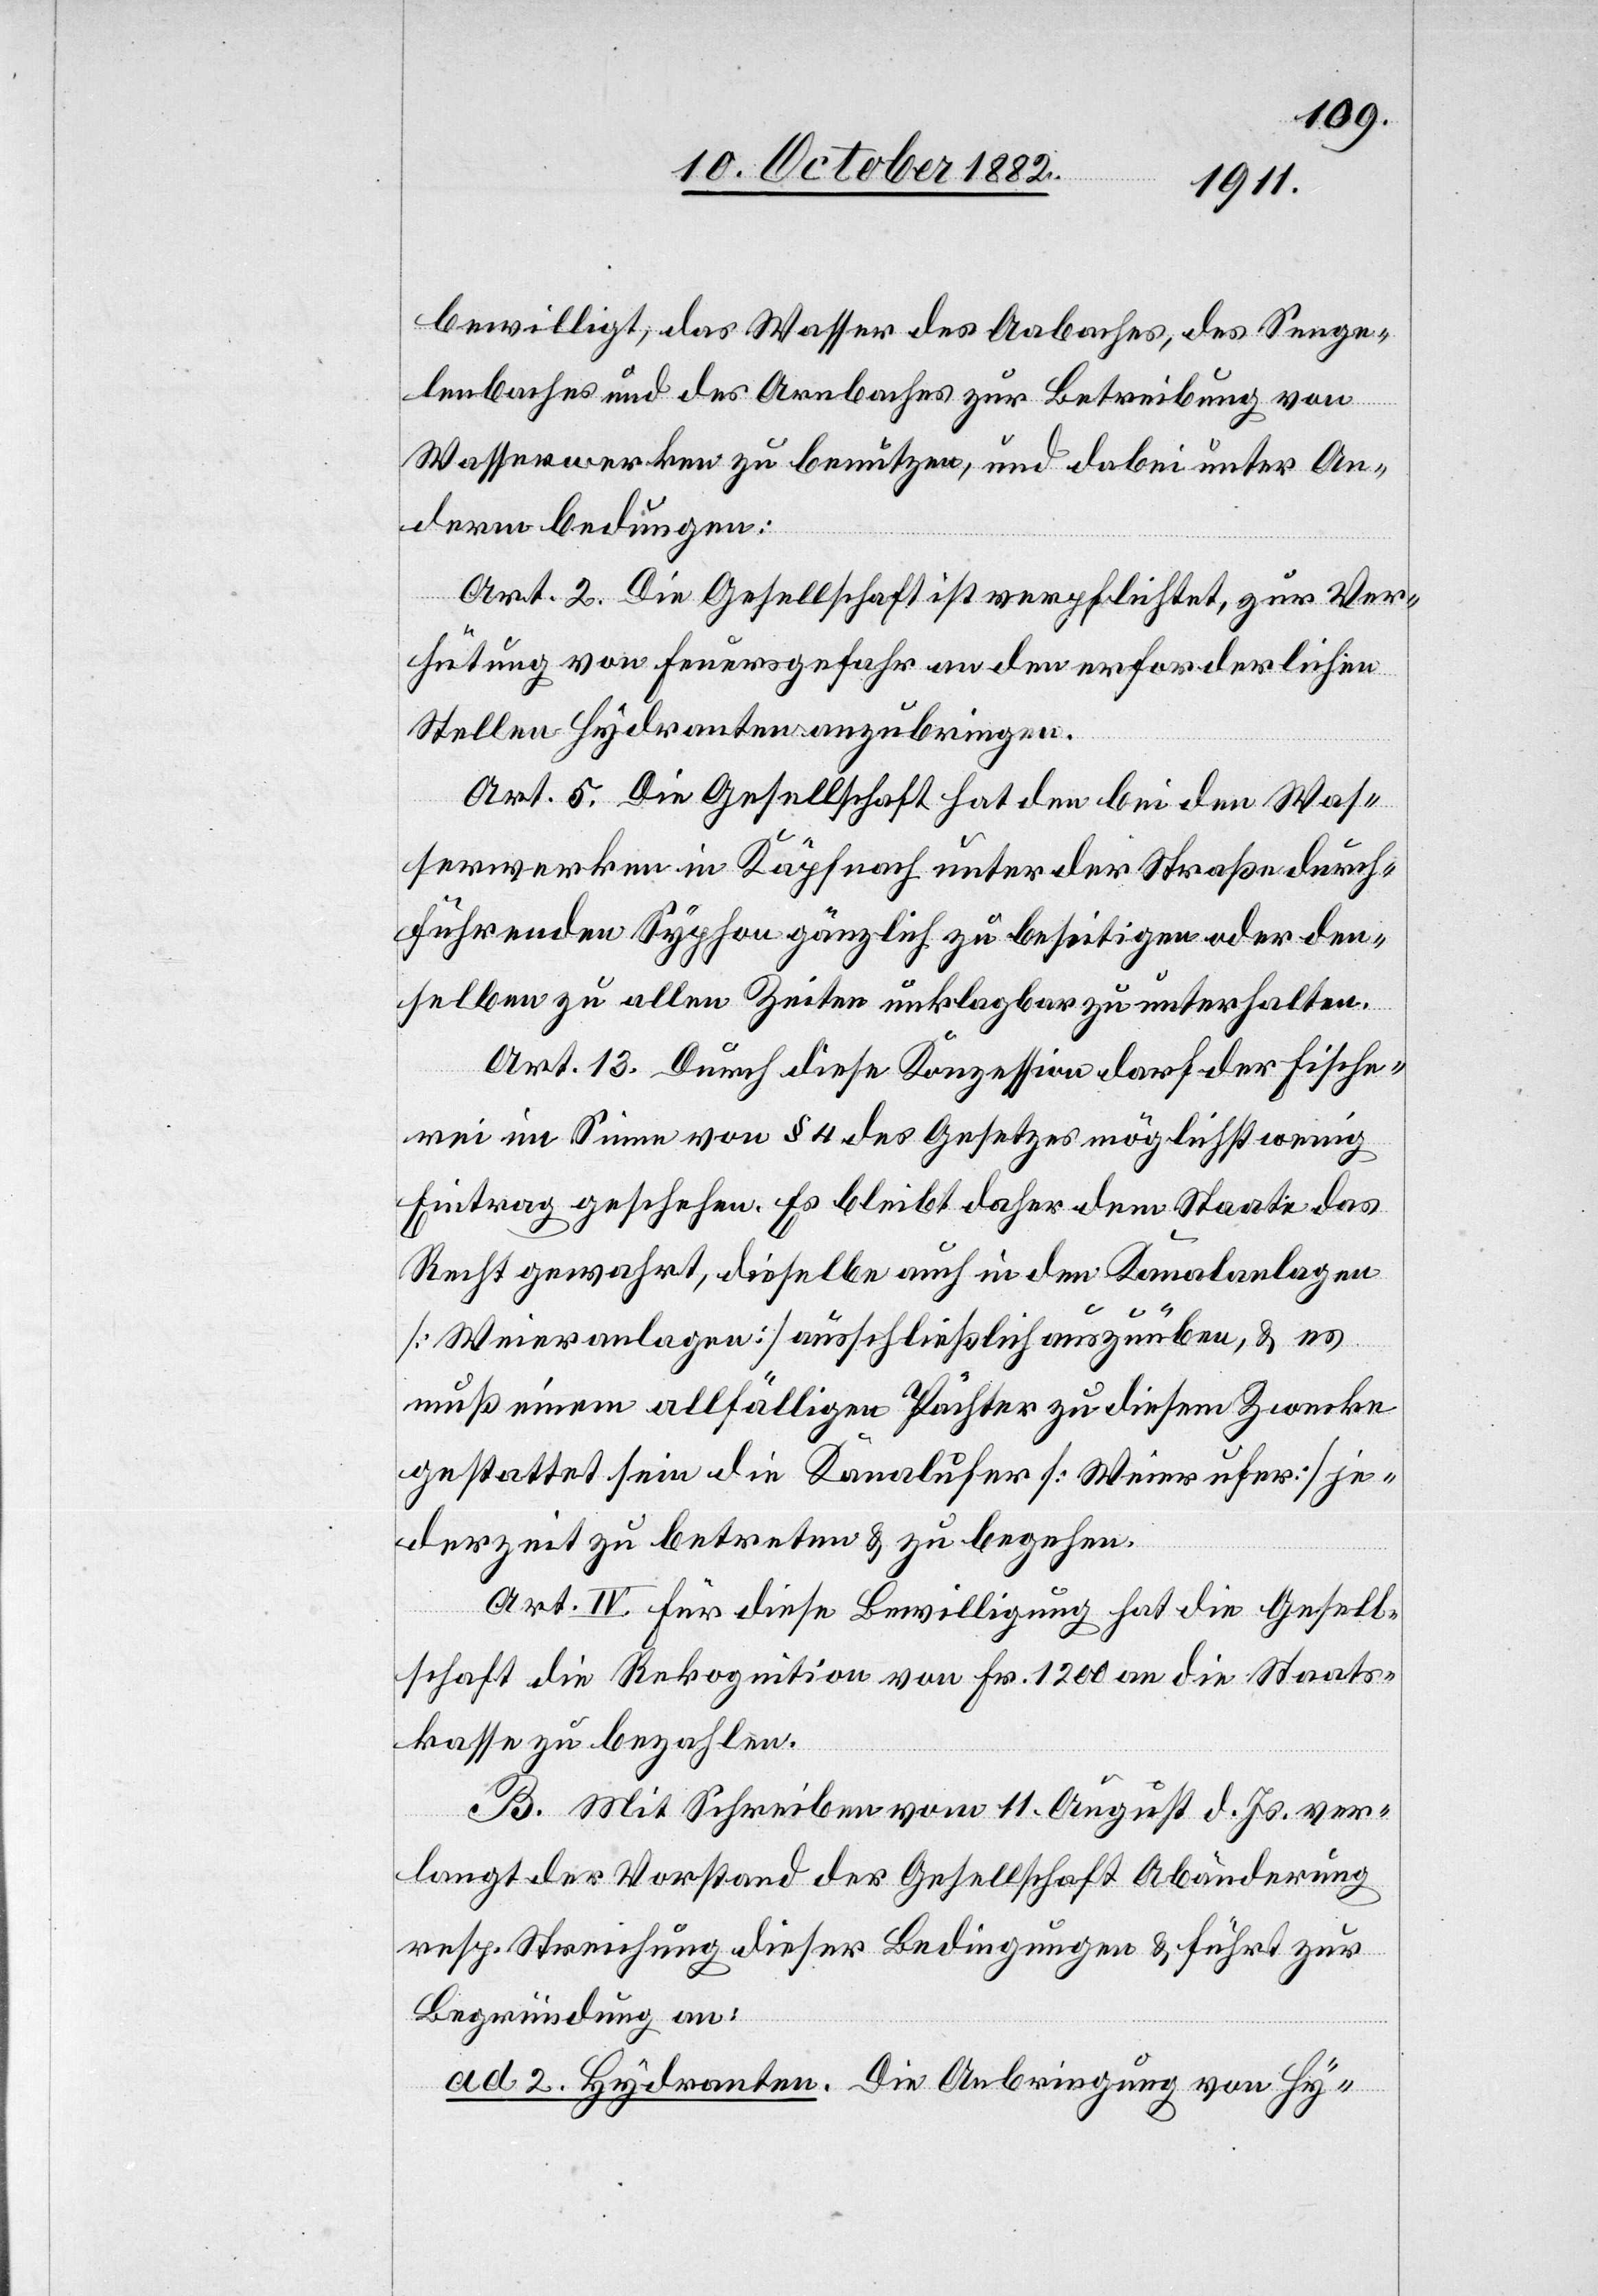
bewilligt, das Wasser des Aabaches, des Seege¬
lenbaches und des Arebaches zur Betreibung von
Wasserwerken zu benützen, und dabei unter An¬
derm bedungen:
Art. 2. Die Gesellschaft ist verpflichtet, zur Ver¬
hütung von Feuersgefahr an den erforderlichen
Stellen Hydranten anzubringen.
Art. 5. Die Gesellschaft hat den bei den Was¬
serwerken in Käpfnach unter der Straße durch¬
führenden Syphon gänzlich zu beseitigen oder den¬
selben zu allen Zeiten unklagbar zu unterhalten.
Art. 13. Durch diese Konzession darf der Fische¬
rei im Sinne von § 4 des Gesetzes möglichst wenig
Eintrag geschehen. Es bleibt daher dem Staate das
Recht gewahrt, dieselbe auch in den Kanalanlagen
[Weieranlagen] ausschließlich auszuüben, & es
muß einem allfälligen Pächter zu diesem Zwecke
gestattet sein die Kanalufer [Weierufer] je¬
derzeit zu betreten & zu begehen.
Art. IV. Für diese Bewilligung hat die Gesell¬
schaft die Rekognition von Fr. 1200 an die Staats¬
kasse zu bezahlen.
B. Mit Schreiben vom 11. August d. Js. ver¬
langt der Vorstand der Gesellschaft Abänderung
resp. Streichung dieser Bedingungen & führt zur
Begründung an:
ad 2. Hydranten. Die Anbringung von Hy-